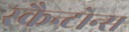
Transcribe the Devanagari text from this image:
स्क्रैन्टोन्स